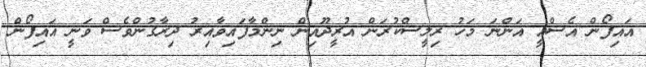
އައިފޯން އެސްއީ އަންނަ މަހު ރިލީސްކުރަން އުރީދޫއިން ނިންމާފައިވާއިރު ދިރާގުންވެސް ވަނީ އައިފޯން